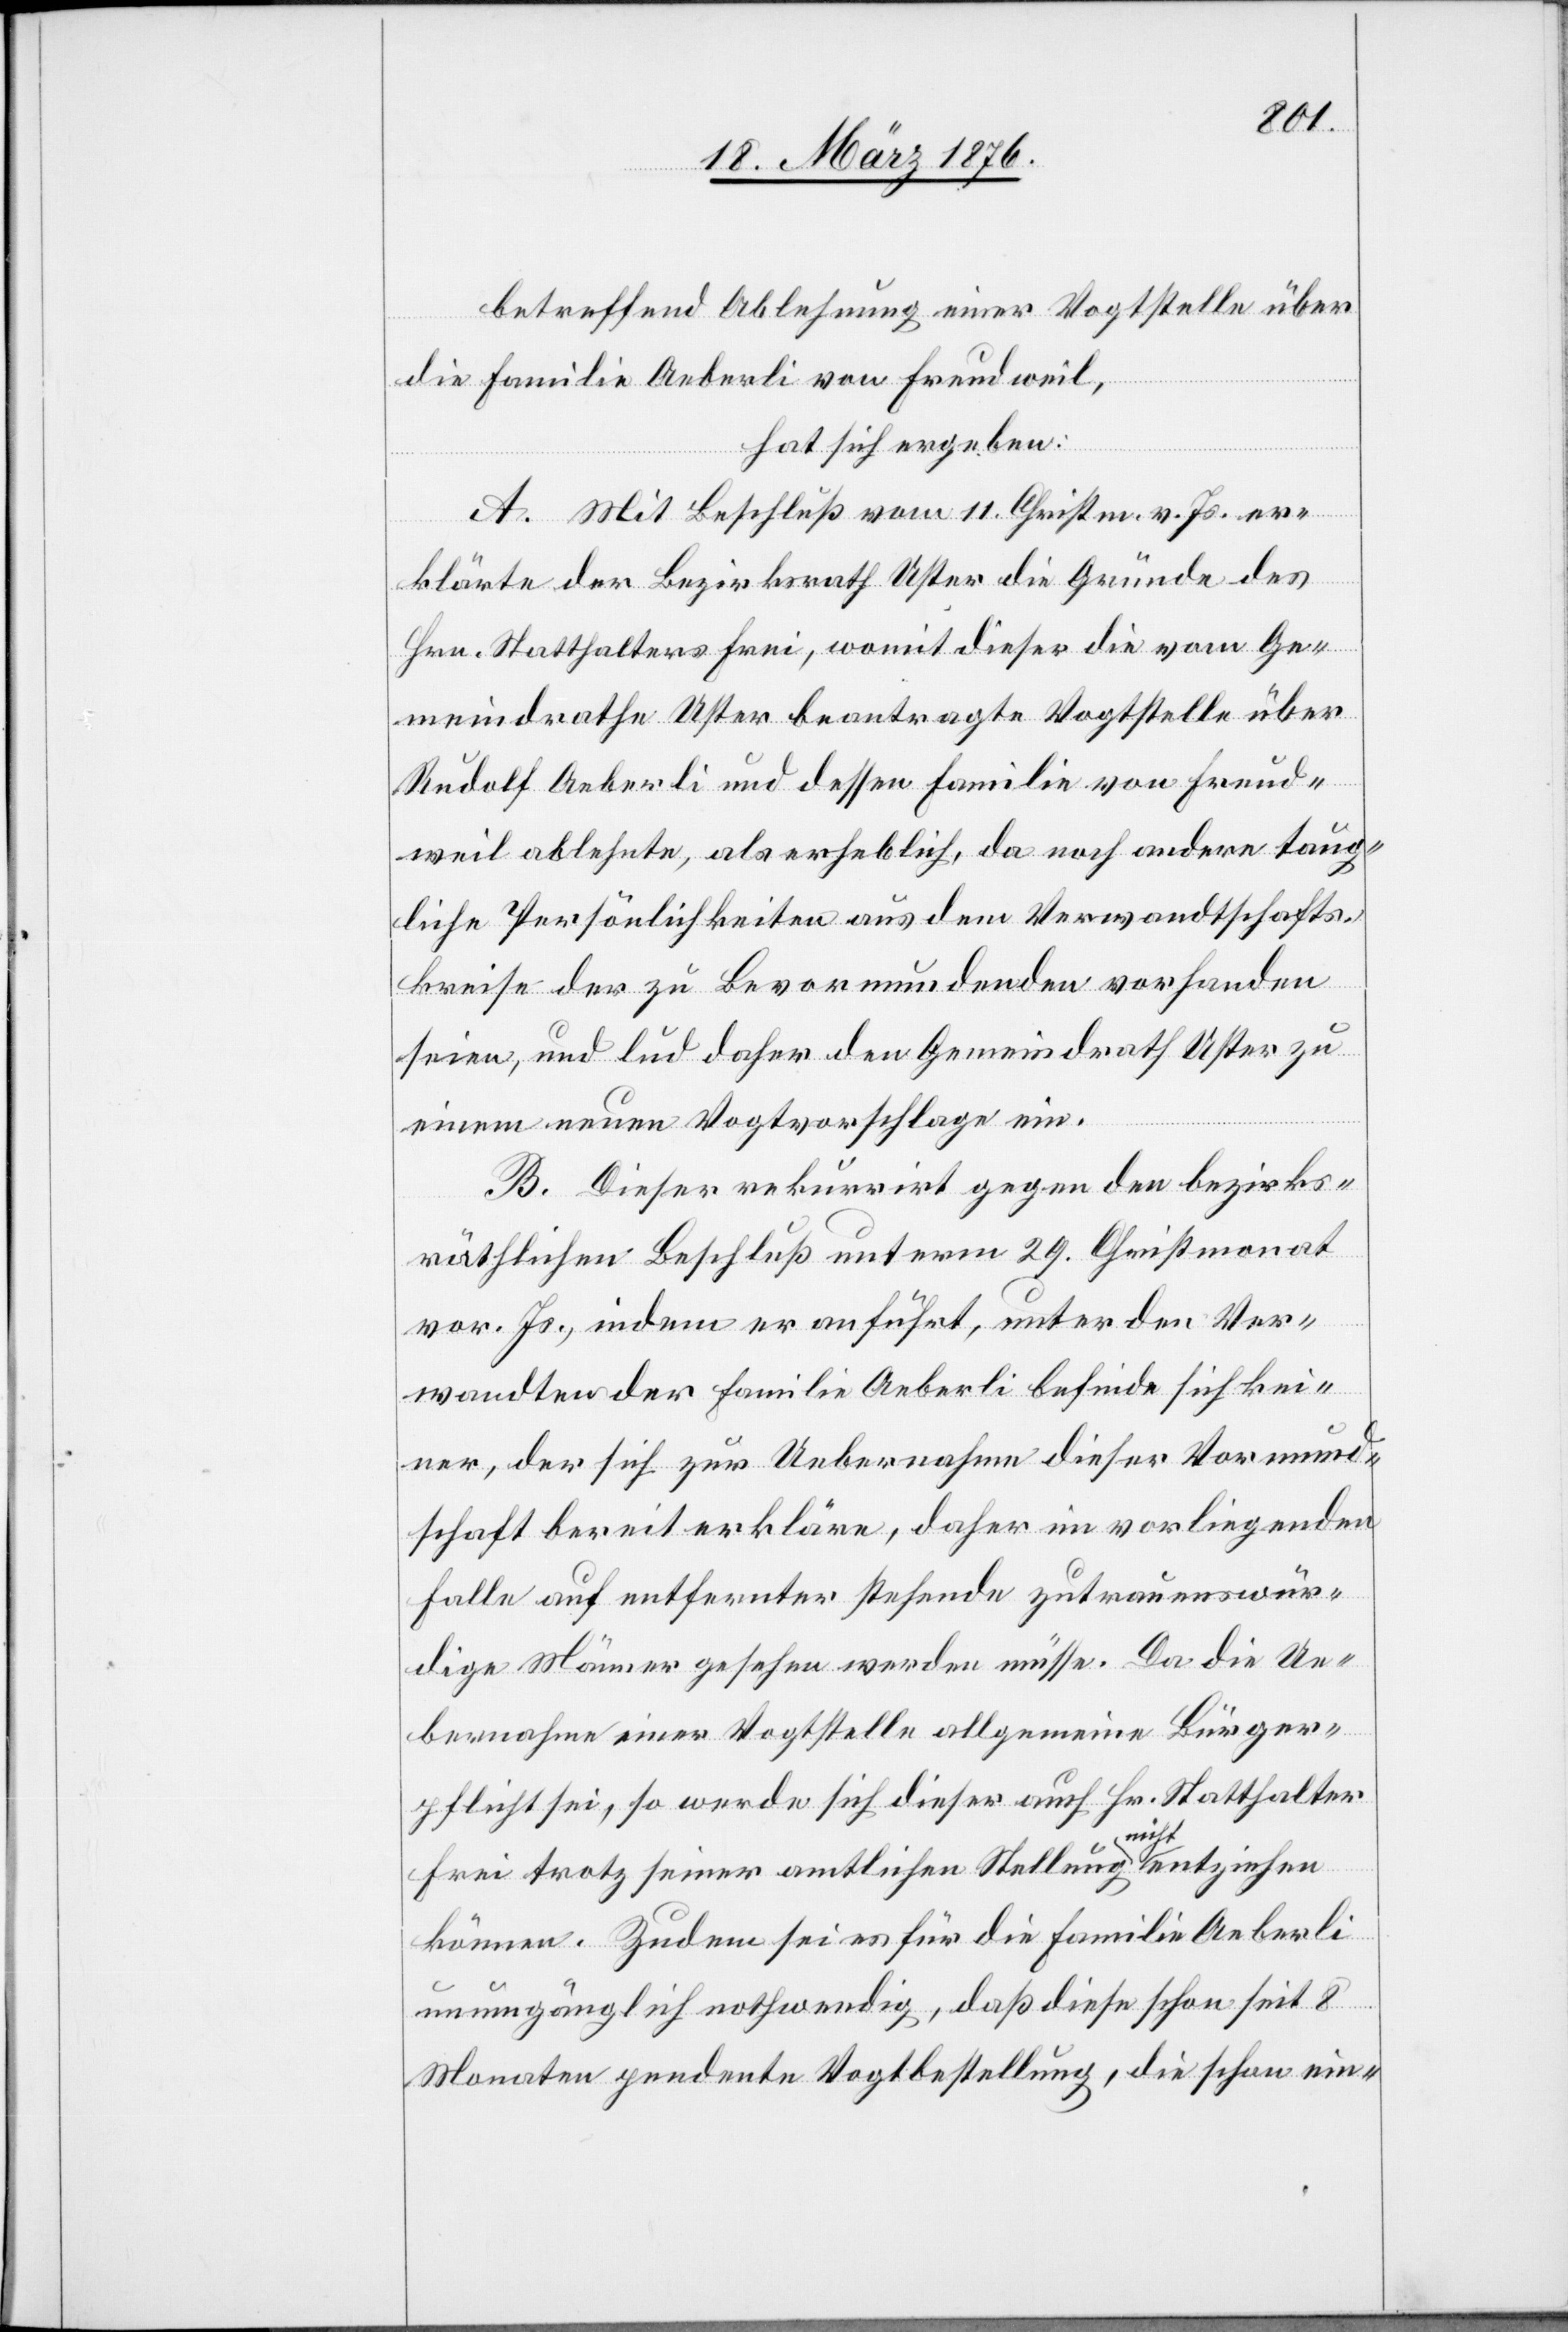
betreffend Ablehnung einer Vogtstelle über
die Familie Aeberli von Freudweil,
hat sich ergeben:
A. Mit Beschluß vom 11. Christm. v. Js. er¬
klärte der Bezirksrath Uster die Gründe des
Hrn. Statthalters Frei, womit dieser die vom Ge¬
meindrathe Uster beantragte Vogtstelle über
Rudolf Aeberli und dessen Familie von Freud¬
weil ablehnte, als erheblich, da noch andere taug¬
liche Persönlichkeiten aus dem Verwandtschafts¬
kreise der zu Bevormundenden vorhanden
seien, und lud daher den Gemeindrath Uster zu
einem neuen Vogtvorschlage ein.
B. Dieser rekurrirt gegen den bezirks¬
räthlichen Beschluß unterm 29. Christmonat
vor. Js., indem er anführt, unter den Ver¬
wandten der Familie Aeberli befinde sich kei¬
ner, der sich zur Uebernahme dieser Vormund¬
schaft bereit erkläre, daher im vorliegenden
Falle auf entfernter stehende zutrauenswür¬
dige Männer gesehen werden müsse. Da die Ue¬
bernahme einer Vogtstelle allgemeine Bürger¬
pflicht sei, so werde sich dieser auch Hr. Statthalter
Frei trotz seiner amtlichen Stellung nicht entziehen
können. Zudem sei es für die Familie Aeberli
unumgänglich nothwendig, daß diese schon seit 8
Monaten pendente Vogtbestellung, die schon ein-